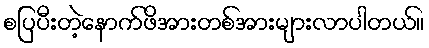
စပြပီးတဲ့နောက်ဖိအားတစ်အားများလာပါတယ်။